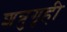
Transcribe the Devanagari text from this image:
शत्रुगृही